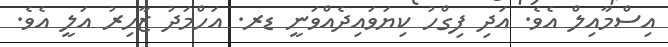
އިސްމާއިލް އެވެ. އަދި ފިގްހު ކިޔަވައިދެއްވަނީ ޑރ. އަހްމަދު ޒާހިރު އަލީ އެވެ.